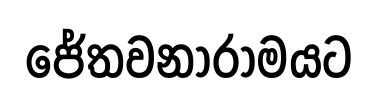
ජේතවනාරාමයට